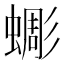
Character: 𧐸